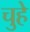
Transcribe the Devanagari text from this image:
चुहे